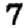
Digit: 7